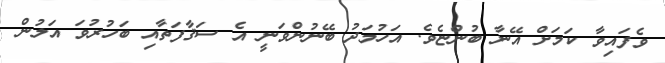
ވެފައިވާ ކަމަށް އޭނާ ބުންޏެވެ. އަހުމަދު ބޭނުންވަނީ އެ ސަޤާފަތާއި ބަހުރުވަ އަލުން